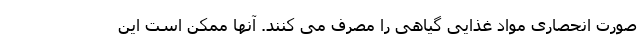
صورت انحصاری مواد غذایی گیاهی را مصرف می کنند. آنها ممکن است این